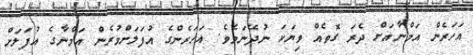
އަހަރެން އަމްނާއަށް ދެރަ ގޮތެއް ވިޔަކަ ނުދޭނަމެވެ. އަހަރެންގެ އުފަލަށްވުރެން އަމްނާގެ އުފަލަށް